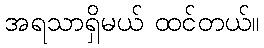
အရသာရှိမယ် ထင်တယ်။